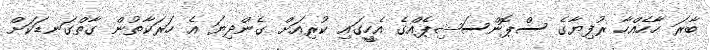
ބާރަ ހާހެއްހާ ރުފިޔާގެ ސްޕޮންސަޝިޕެއްގެ އެހީީގައި ކުރިއަށް ގެންދިޔަ އެ ހަރަކާތުން ގާތްގަނޑަކަށް